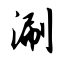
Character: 涮